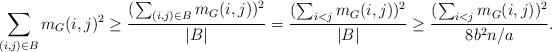
LaTeX: \begin{align*}\sum_{(i,j)\in B}m_G(i, j)^2\geq \frac{(\sum_{(i,j)\in B}m_G(i,j))^2}{|B|}=\frac{(\sum_{i<j}m_G(i,j))^2}{|B|}\geq\frac{(\sum_{i<j}m_G(i,j))^2}{8b^2n/a}.\end{align*}